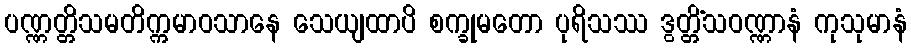
ပဏ္ဏတ္တိသမတိက္ကမာဝသာနေ သေယျထာပိ စက္ခုမတော ပုရိသဿ ဒွတ္တိံသဝဏ္ဏာနံ ကုသုမာနံ